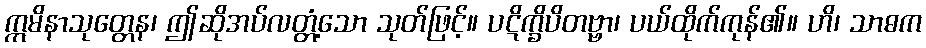
ဣမိနာသုတ္တေန၊ ဤဆိုအပ်လတ္တံ့သော သုတ်ဖြင့်။ ပဋိက္ခိပိတဗ္ဗာ၊ ပယ်ထိုက်ကုန်၏။ ဟိ၊ သာဓက